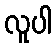
လူပါ